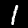
Label: 1